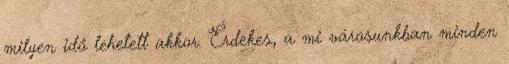
milyen idő lehetett akkor. Érdekes, a mi városunkban minden